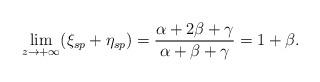
LaTeX: \begin{align*}\lim_{z\to+\infty}(\xi_{sp}+\eta_{sp})=\frac{\alpha+2\beta+\gamma}{\alpha+\beta+\gamma}=1+\beta.\end{align*}